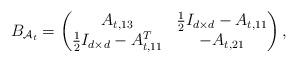
LaTeX: \begin{align*}{B}_{\mathcal{A}_t}=\begin{pmatrix}A_{t,13} & \frac{1}{2}I_{d\times d}-A_{t,11}\\\frac{1}{2}I_{d\times d}-A_{t,11}^T & -A_{t,21}\end{pmatrix},\end{align*}